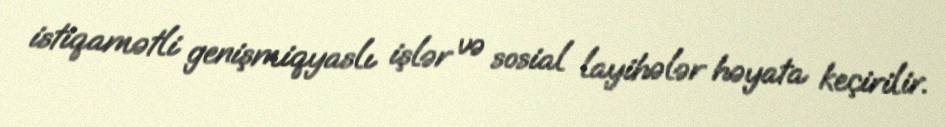
istiqamətli genişmiqyaslı işlər və sosial layihələr həyata keçirilir.